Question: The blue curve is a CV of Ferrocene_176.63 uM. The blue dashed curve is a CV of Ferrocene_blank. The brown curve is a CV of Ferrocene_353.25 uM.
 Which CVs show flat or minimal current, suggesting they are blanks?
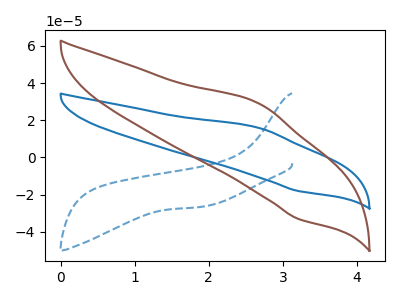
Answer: <think>The blue curve "Ferrocene_176.63 uM" has an anodic peak at (2.65V, 15.90uA) and a cathodic peak at (3.20V, -18.15uA). The blue dashed curve "Ferrocene_blank" has no peaks. The brown curve "Ferrocene_353.25 uM" has an anodic peak at (2.65V, 29.05uA) and a cathodic peak at (3.20V, -33.15uA).</think>
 <answer>"Ferrocene_blank" is likely to be a blank.</answer>
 <eval>Ferrocene_blank</eval>